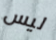
ليس